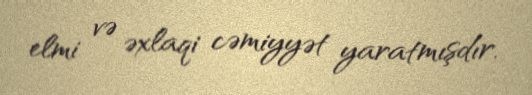
elmi və əxlaqi cəmiyyət yaratmışdır.